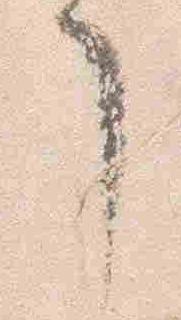
了